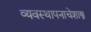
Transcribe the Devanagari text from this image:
व्यवस्थापनाचेशास्त्र